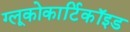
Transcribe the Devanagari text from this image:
ग्लूकोकार्टिकॉइड